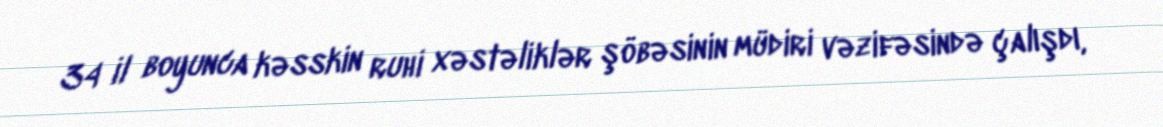
34 il boyunca kəsskin ruhi xəstəliklər şöbəsinin müdiri vəzifəsində çalışdı,